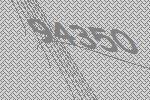
94350